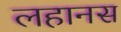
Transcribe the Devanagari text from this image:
लहानस